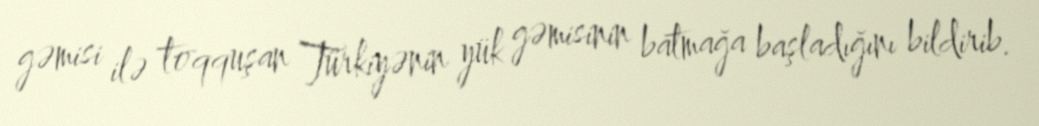
gəmisi ilə toqquşan Türkiyənin yük gəmisinin batmağa başladığını bildirib.